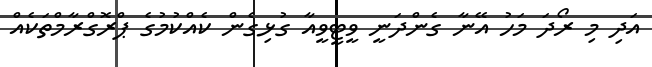
އަދި މި ރޯދަ މަހު އޭނާ ގެންދަނީ ވީޓީވީއާ ގުޅިގެން ކެއްކުމުގެ ޕްރޮގްރާމްތަކެއް